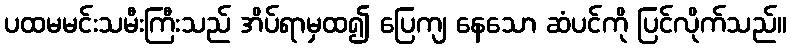
ပထမမင်းသမီးကြီးသည် အိပ်ရာမှထ၍ ပြေကျ နေသော ဆံပင်ကို ပြင်လိုက်သည်။